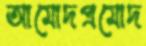
আমোদপ্রমোদ